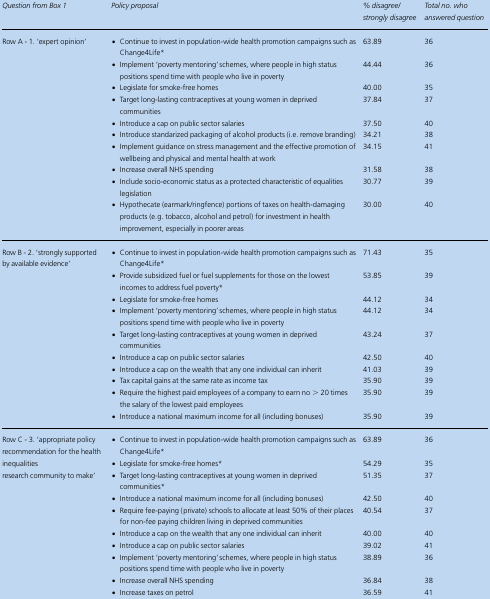
<table><thead><tr><td><b><i>Question from Box 1</i></b></td><td><b><i>Policy proposal</i></b></td><td><b><i>% disagree/strongly disagree</i></b></td><td><b><i>Total no. who answered question</i></b></td></tr></thead><tbody><tr><td rowspan="10">Row A - 1. ‘expert opinion’</td><td>• Continue to invest in population-wide health promotion campaigns such as Change4Life*</td><td>63.89</td><td>36</td></tr><tr><td>• Implement ‘poverty mentoring’ schemes, where people in high status positions spend time with people who live in poverty</td><td>44.44</td><td>36</td></tr><tr><td>• Legislate for smoke-free homes</td><td>40.00</td><td>35</td></tr><tr><td>• Target long-lasting contraceptives at young women in deprived communities</td><td>37.84</td><td>37</td></tr><tr><td>• Introduce a cap on public sector salaries</td><td>37.50</td><td>40</td></tr><tr><td>• Introduce standarized packaging of alcohol products (i.e. remove branding)</td><td>34.21</td><td>38</td></tr><tr><td>• Implement guidance on stress management and the effective promotion of wellbeing and physical and mental health at work</td><td>34.15</td><td>41</td></tr><tr><td>• Increase overall NHS spending</td><td>31.58</td><td>38</td></tr><tr><td>• Include socio-economic status as a protected characteristic of equalities legislation</td><td>30.77</td><td>39</td></tr><tr><td>• Hypothecate (earmark/ringfence) portions of taxes on health-damaging products (e.g. tobacco, alcohol and petrol) for investment in health improvement, especially in poorer areas</td><td>30.00</td><td>40</td></tr><tr><td rowspan="10">Row B - 2. ‘strongly supported by available evidence’</td><td>• Continue to invest in population-wide health promotion campaigns such as Change4Life*</td><td>71.43</td><td>35</td></tr><tr><td>• Provide subsidized fuel or fuel supplements for those on the lowest incomes to address fuel poverty*</td><td>53.85</td><td>39</td></tr><tr><td>• Legislate for smoke-free homes</td><td>44.12</td><td>34</td></tr><tr><td>• Implement ‘poverty mentoring’ schemes, where people in high status positions spend time with people who live in poverty</td><td>44.12</td><td>34</td></tr><tr><td>• Target long-lasting contraceptives at young women in deprived communities</td><td>43.24</td><td>37</td></tr><tr><td>• Introduce a cap on public sector salaries</td><td>42.50</td><td>40</td></tr><tr><td>• Introduce a cap on the wealth that any one individual can inherit</td><td>41.03</td><td>39</td></tr><tr><td>• Tax capital gains at the same rate as income tax</td><td>35.90</td><td>39</td></tr><tr><td>• Require the highest paid employees of a company to earn no &gt; 20 times the salary of the lowest paid employees</td><td>35.90</td><td>39</td></tr><tr><td>• Introduce a national maximum income for all (including bonuses)</td><td>35.90</td><td>39</td></tr><tr><td rowspan="10">Row C - 3. ‘appropriate policy recommendation for the health inequalities research community to make’</td><td>• Continue to invest in population-wide health promotion campaigns such as Change4Life*</td><td>63.89</td><td>36</td></tr><tr><td>• Legislate for smoke-free homes*</td><td>54.29</td><td>35</td></tr><tr><td>• Target long-lasting contraceptives at young women in deprived communities*</td><td>51.35</td><td>37</td></tr><tr><td>• Introduce a national maximum income for all (including bonuses)</td><td>42.50</td><td>40</td></tr><tr><td>• Require fee-paying (private) schools to allocate at least 50% of their places for non-fee paying children living in deprived communities</td><td>40.54</td><td>37</td></tr><tr><td>• Introduce a cap on the wealth that any one individual can inherit</td><td>40.00</td><td>40</td></tr><tr><td>• Introduce a cap on public sector salaries</td><td>39.02</td><td>41</td></tr><tr><td>• Implement ‘poverty mentoring’ schemes, where people in high status positions spend time with people who live in poverty</td><td>38.89</td><td>36</td></tr><tr><td>• Increase overall NHS spending</td><td>36.84</td><td>38</td></tr><tr><td>• Increase taxes on petrol</td><td>36.59</td><td>41</td></tr></tbody></table>